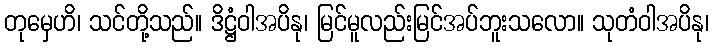
တုမှေဟိ၊ သင်တို့သည်။ ဒိဋ္ဌံဝါအပိနု၊ မြင်မူလည်းမြင်အပ်ဘူးသလော။ သုတံဝါအပိနု၊